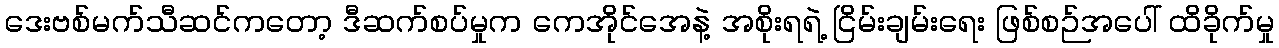
ဒေးဗစ်မက်သီဆင်ကတော့ ဒီဆက်စပ်မှုက ကေအိုင်အေနဲ့ အစိုးရရဲ့ ငြိမ်းချမ်းရေး ဖြစ်စဉ်အပေါ် ထိခိုက်မှု